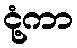
ငုံ့ကာ